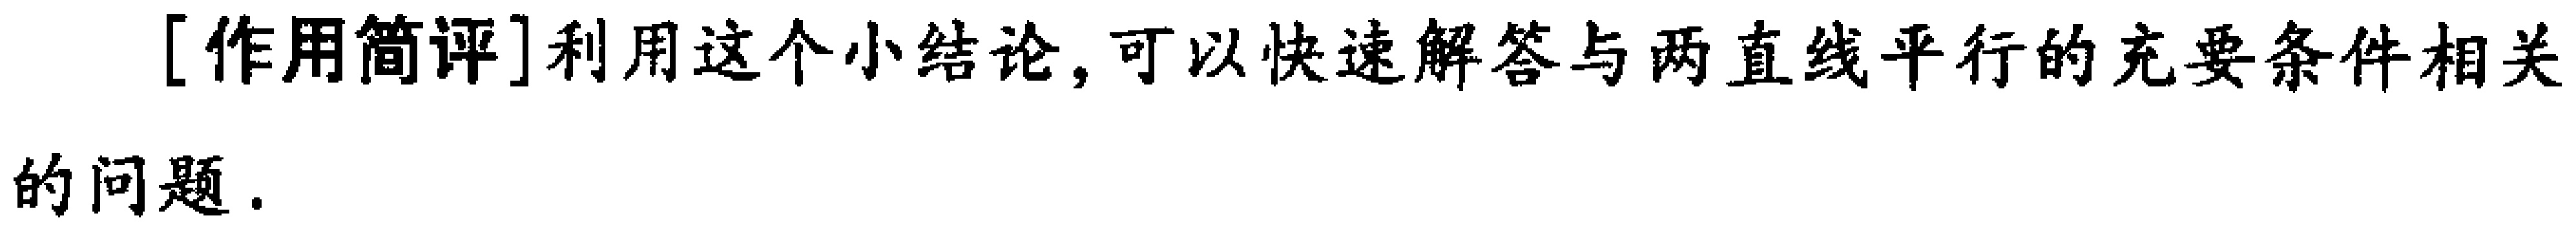
[作用简评]利用这个小结论,可以快速解答与两直线平行的充要条件相关的问题.